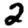
Digit: 2